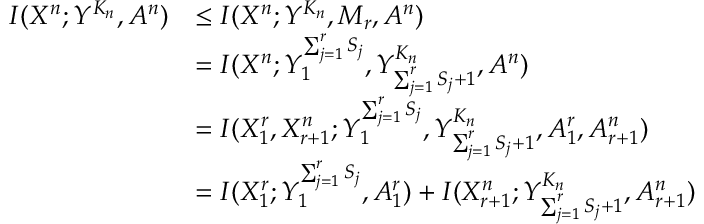
\begin{array} { r l } { I ( X ^ { n } ; Y ^ { K _ { n } } , A ^ { n } ) } & { \le I ( X ^ { n } ; Y ^ { K _ { n } } , M _ { r } , A ^ { n } ) } \\ & { = I ( X ^ { n } ; Y _ { 1 } ^ { \sum _ { j = 1 } ^ { r } S _ { j } } , Y _ { \sum _ { j = 1 } ^ { r } S _ { j } + 1 } ^ { K _ { n } } , A ^ { n } ) } \\ & { = I ( X _ { 1 } ^ { r } , X _ { r + 1 } ^ { n } ; Y _ { 1 } ^ { \sum _ { j = 1 } ^ { r } S _ { j } } , Y _ { \sum _ { j = 1 } ^ { r } S _ { j } + 1 } ^ { K _ { n } } , A _ { 1 } ^ { r } , A _ { r + 1 } ^ { n } ) } \\ & { = I ( X _ { 1 } ^ { r } ; Y _ { 1 } ^ { \sum _ { j = 1 } ^ { r } S _ { j } } , A _ { 1 } ^ { r } ) + I ( X _ { r + 1 } ^ { n } ; Y _ { \sum _ { j = 1 } ^ { r } S _ { j } + 1 } ^ { K _ { n } } , A _ { r + 1 } ^ { n } ) } \end{array}